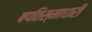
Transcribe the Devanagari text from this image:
बपतिस्माधारी